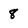
Character: 8